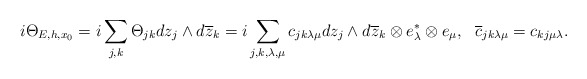
\begin{align*} i\Theta_{E,h,x_0}=i\sum_{j,k}\Theta_{jk}dz_j\wedge d\overline{z}_k=i\sum_{j,k,\lambda,\mu}c_{jk\lambda\mu}dz_j\wedge d\overline{z}_k\otimes e^*_\lambda\otimes e_\mu,~\,\, \overline{c}_{jk\lambda\mu}=c_{kj\mu\lambda}.\end{align*}